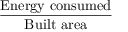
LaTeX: \frac { \mathrm { E n e r g y ~ c o n s u m e d } } { \mathrm { B u i l t ~ a r e a } }